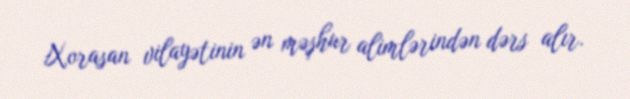
Xorasan vilayətinin ən məşhur alimlərindən dərs alır.